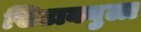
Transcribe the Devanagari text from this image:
सिटाक्युला